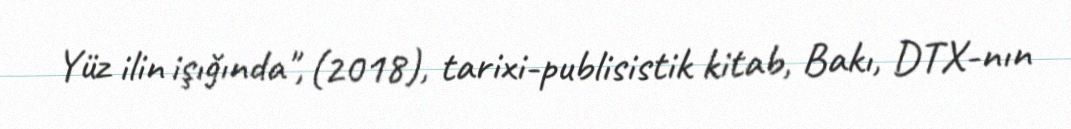
Yüz ilin işığında", (2018), tarixi-publisistik kitab, Bakı, DTX-nın